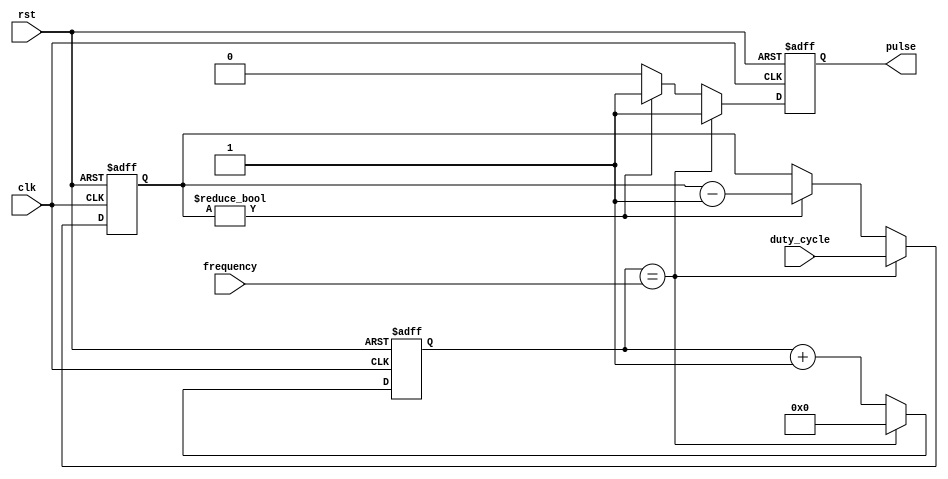
module pulse_generator(
    input wire clk,
    input wire rst,
    input wire [15:0] frequency,
    input wire [7:0] duty_cycle,
    output reg pulse
);

reg [15:0] counter;
reg [7:0] duty_count;

always @(posedge clk or posedge rst) begin
    if (rst) begin
        counter <= 16'h0000;
        duty_count <= 8'h00;
        pulse <= 1'b0;
    end else begin
        if (counter == frequency) begin
            counter <= 16'h0000;
            duty_count <= duty_cycle;
            pulse <= 1'b1;
        end else begin
            if (duty_count != 8'h00) begin
                duty_count <= duty_count - 1;
                pulse <= 1'b1;
            end else begin
                pulse <= 1'b0;
            end
            counter <= counter + 1;
        end
    end
end

endmodule